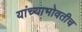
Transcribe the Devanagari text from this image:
यांच्याभोवतीच